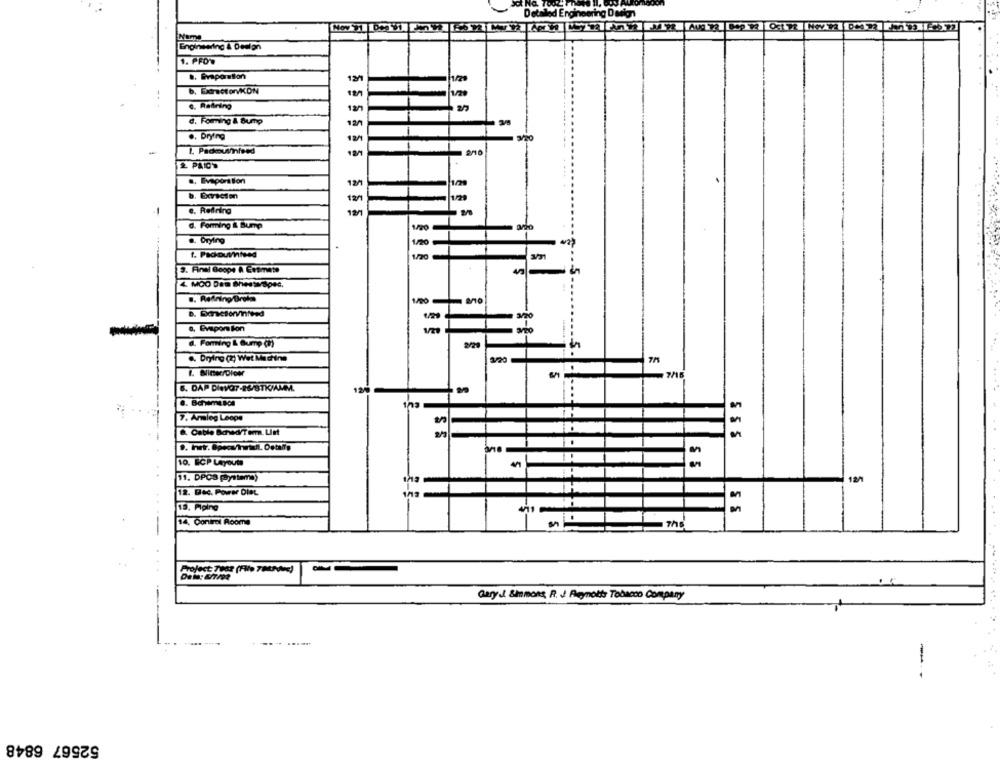
Detailed Engineering Design
Engineering & Design
1. PFD'O
a. Eraporation
13
1/20
b, ExtractorvKON
c. Refining
d. Föring & Bump
., Drying
12/1
2/20
b. Borscien
1/29
e. Redring
12/1
d. Forming & Bump
a. Dryling
1/20
1. Packouvintesd
9. Final Bcope À Estimate
4. MOO Dem Shestw/Spec.
-
.. Retning Brola
a, Evapora lon
d. Föring & Bump (h)
2/2
.. Drying (2) Wet Machine
1/20
7/16
6. DAP DIVOT-28/STK/AMM.
0. 8chemisce
7. Armleg Leope
&. Cable Sched/T wem. Unt
2/7
10. ECP Layouta
+
11. DPOS Pyttama)
120
3 3
12. Dec. Power Diet
13. Piping
-
14. Control Roome
..
Project 7902 (File 7042)
Gary J &mmons, R. J Renotts Tobacco Company
---
---
52567 6848